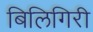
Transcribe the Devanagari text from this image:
बिलिगिरी